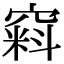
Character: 窲